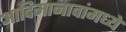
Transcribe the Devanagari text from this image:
आदिमानावांमध्ये